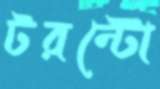
টরন্টো